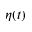
\eta ( t )